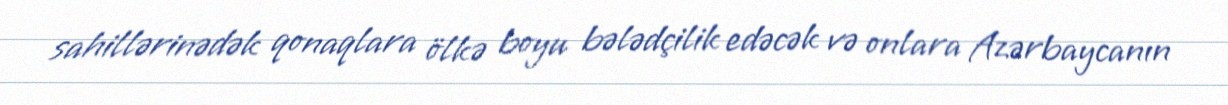
sahillərinədək qonaqlara ölkə boyu bələdçilik edəcək və onlara Azərbaycanın